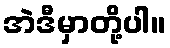
အဲဒီမှာတို့ပါ။